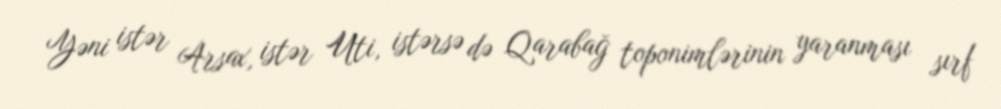
Yəni istər Arsax, istər Uti, istərsə də Qarabağ toponimlərinin yaranması sırf